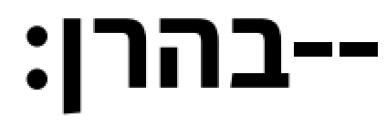
בהרן׃--